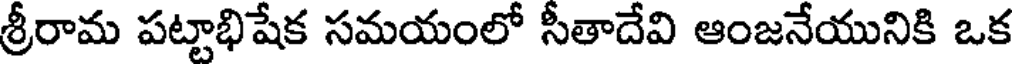
శ్రీరామ పట్టాభిషేక సమయంలో సీతాదేవి ఆంజనేయునికి ఒక